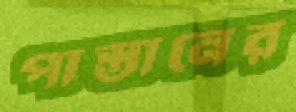
পাস্তানের